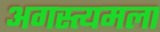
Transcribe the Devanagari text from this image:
अगस्त्यमला